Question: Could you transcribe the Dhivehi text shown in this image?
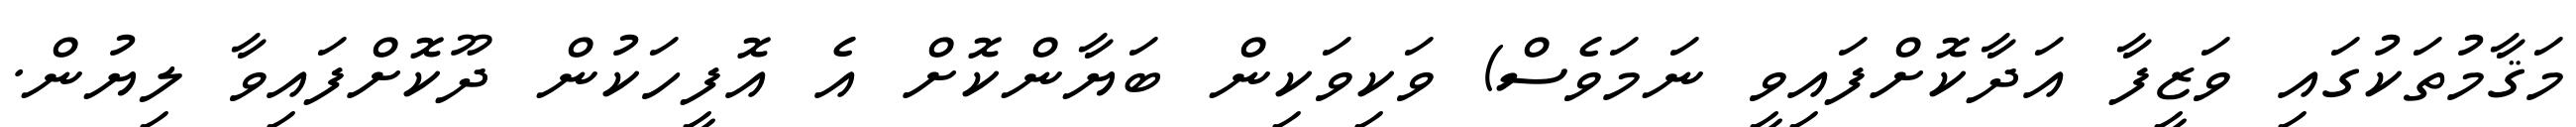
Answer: މަޤާމުތަކުގައި ވަޒީފާ އަދާކޮށްފައިވީ ނަމަވެސް) ވަކިވަކިން ބަޔާންކޮށް އެ އޮފީހަކުން ދޫކޮށްފައިވާ ލިޔުން.